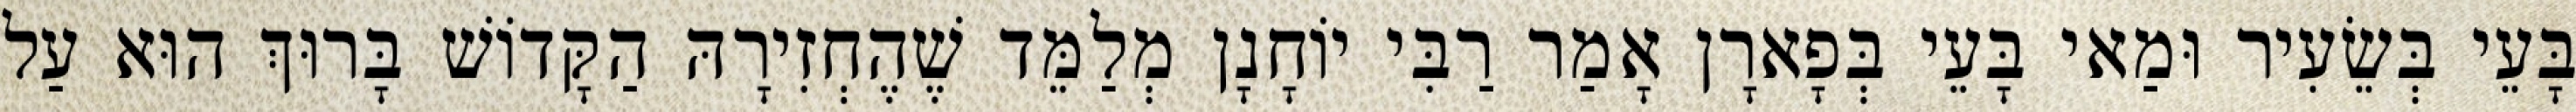
בָּעֵי בְּשֵׂעִיר וּמַאי בָּעֵי בְּפָארָן אָמַר רַבִּי יוֹחָנָן מְלַמֵּד שֶׁהֶחְזִירָהּ הַקָּדוֹשׁ בָּרוּךְ הוּא עַל